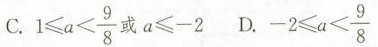
C. $$1 ≤ a < \frac{9}{8}$$ 或$$a ≤ -2 D. $$-2 ≤ a < \frac{9}{8}$$